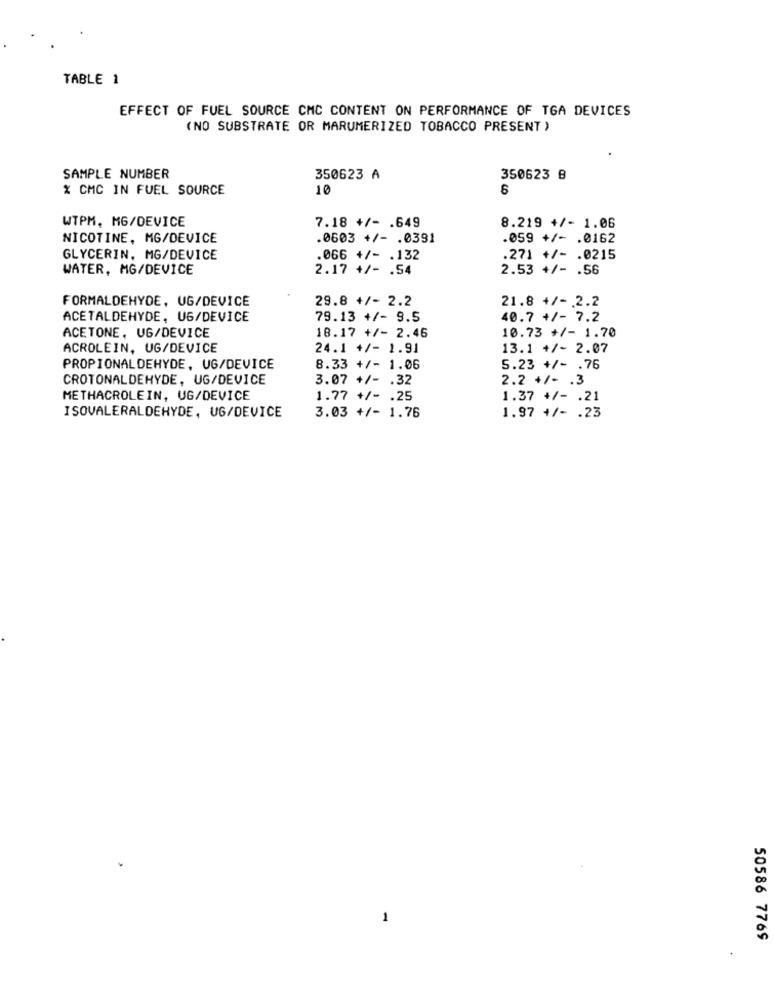
TABLE 1
EFFECT OF FUEL SOURCE CMC CONTENT ON PERFORMANCE OF TGA DEVICES
(NO SUBSTRATE OR MARUMERIZED TOBACCO PRESENT )
SAMPLE NUMBER
350623 A
350623 B
% CMC IN FUEL SOURCE
10
6
WTPM, MG/DEVICE
7.18 +/- . 649
8.219 +/- 1.06
NICOTINE, MG/DEVICE
.0603 +/- . 0391
.059 +/- . 0162
GLYCERIN, MG/DEVICE
.066 +/- . 132
.271 +/- . 0215
WATER, MG/DEVICE
2.17 +/- . 54
2.53 +/- . 56
FORMALDEHYDE, UG/DEVICE
29.8 +/- 2.2
21.8 +/- 2.2
ACETALDEHYDE, UG/DEVICE
79.13 +/- 9.5
40.7 +/- 7.2
ACETONE, UG/DEVICE
18.17 +/- 2.46
10.73 +/- 1.70
ACROLEIN, UG/DEVICE
24.1 +/- 1.91
13.1 +/- 2.07
PROPIONALDEHYDE, UG/DEVICE
8.33 +/- 1.06
5.23 +/- . 76
CROTONALDEHYDE, UG/DEVICE
3.07 +/- . 32
2.2 +/- . 3
METHACROLEIN, UG/DEVICE
1.77 +/- . 25
1.37 +/- . 21
ISOVALERALDEHYDE, UG/DEVICE
3.03 +/- 1.76
1.97 +/- . 23
1
50586 7769